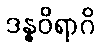
ဒန္ဓဝိရာဂိ